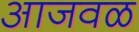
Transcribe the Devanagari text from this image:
आजवळ